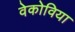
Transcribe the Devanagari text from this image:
वेकोविया